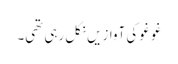
غو غو کی آوازیں نکل رہی تھی۔